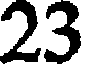
23